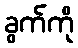
ခွက်ကို